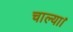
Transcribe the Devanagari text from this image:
चाल्या।